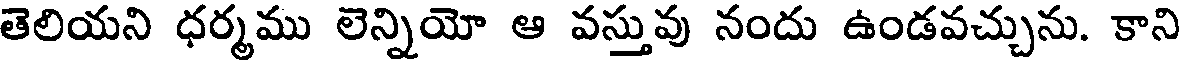
తెలియని ధర్మము లెన్నియో ఆ వస్తువు నందు ఉండవచ్చును. కాని